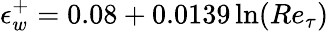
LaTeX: \epsilon_{w}^{+}=0.08+0.0139\ln(Re_{\tau})